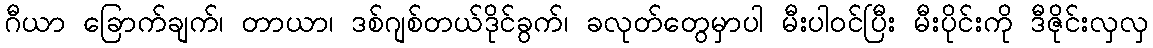
ဂီယာ ခြောက်ချက်၊ တာယာ၊ ဒစ်ဂျစ်တယ်ဒိုင်ခွက်၊ ခလုတ်တွေမှာပါ မီးပါဝင်ပြီး မီးပိုင်းကို ဒီဇိုင်းလှလှ